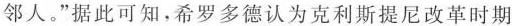
邻人。”据此可知，希罗多德认为克利斯提尼改革时期